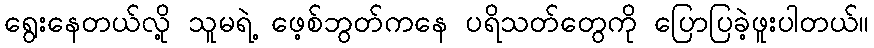
ရွေးနေတယ်လို့ သူမရဲ့ ဖေ့စ်ဘွတ်ကနေ ပရိသတ်တွေကို ပြောပြခဲ့ဖူးပါတယ်။